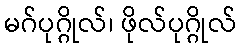
မဂ်ပုဂ္ဂိုလ်၊ ဖိုလ်ပုဂ္ဂိုလ်